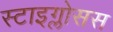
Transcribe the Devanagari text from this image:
स्टाइग्लोसस